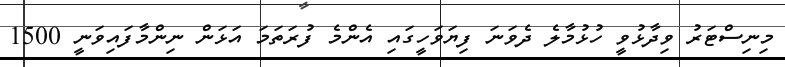
މިނިސްޓަރު ވިދާޅުވީ ހުޅުމާލެ ދެވަނަ ފިޔަވަހީގައި އެންމެ ފުރަތަމަ އަޅަން ނިންމާފައިވަނީ 1500